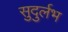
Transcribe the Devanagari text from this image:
सुदुर्लभ